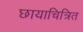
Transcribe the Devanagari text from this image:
छायाचित्रित